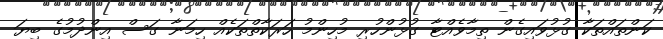
ކަންތައްތަކާ ގުޅުވައިގެން ތިމާވެއްޓާ ގުޅުންހުރި މުހިންމު ހަރަކާތްތަކެއް ހިމަނާ ގަސް އިންދުމުގެ ބިޔަ